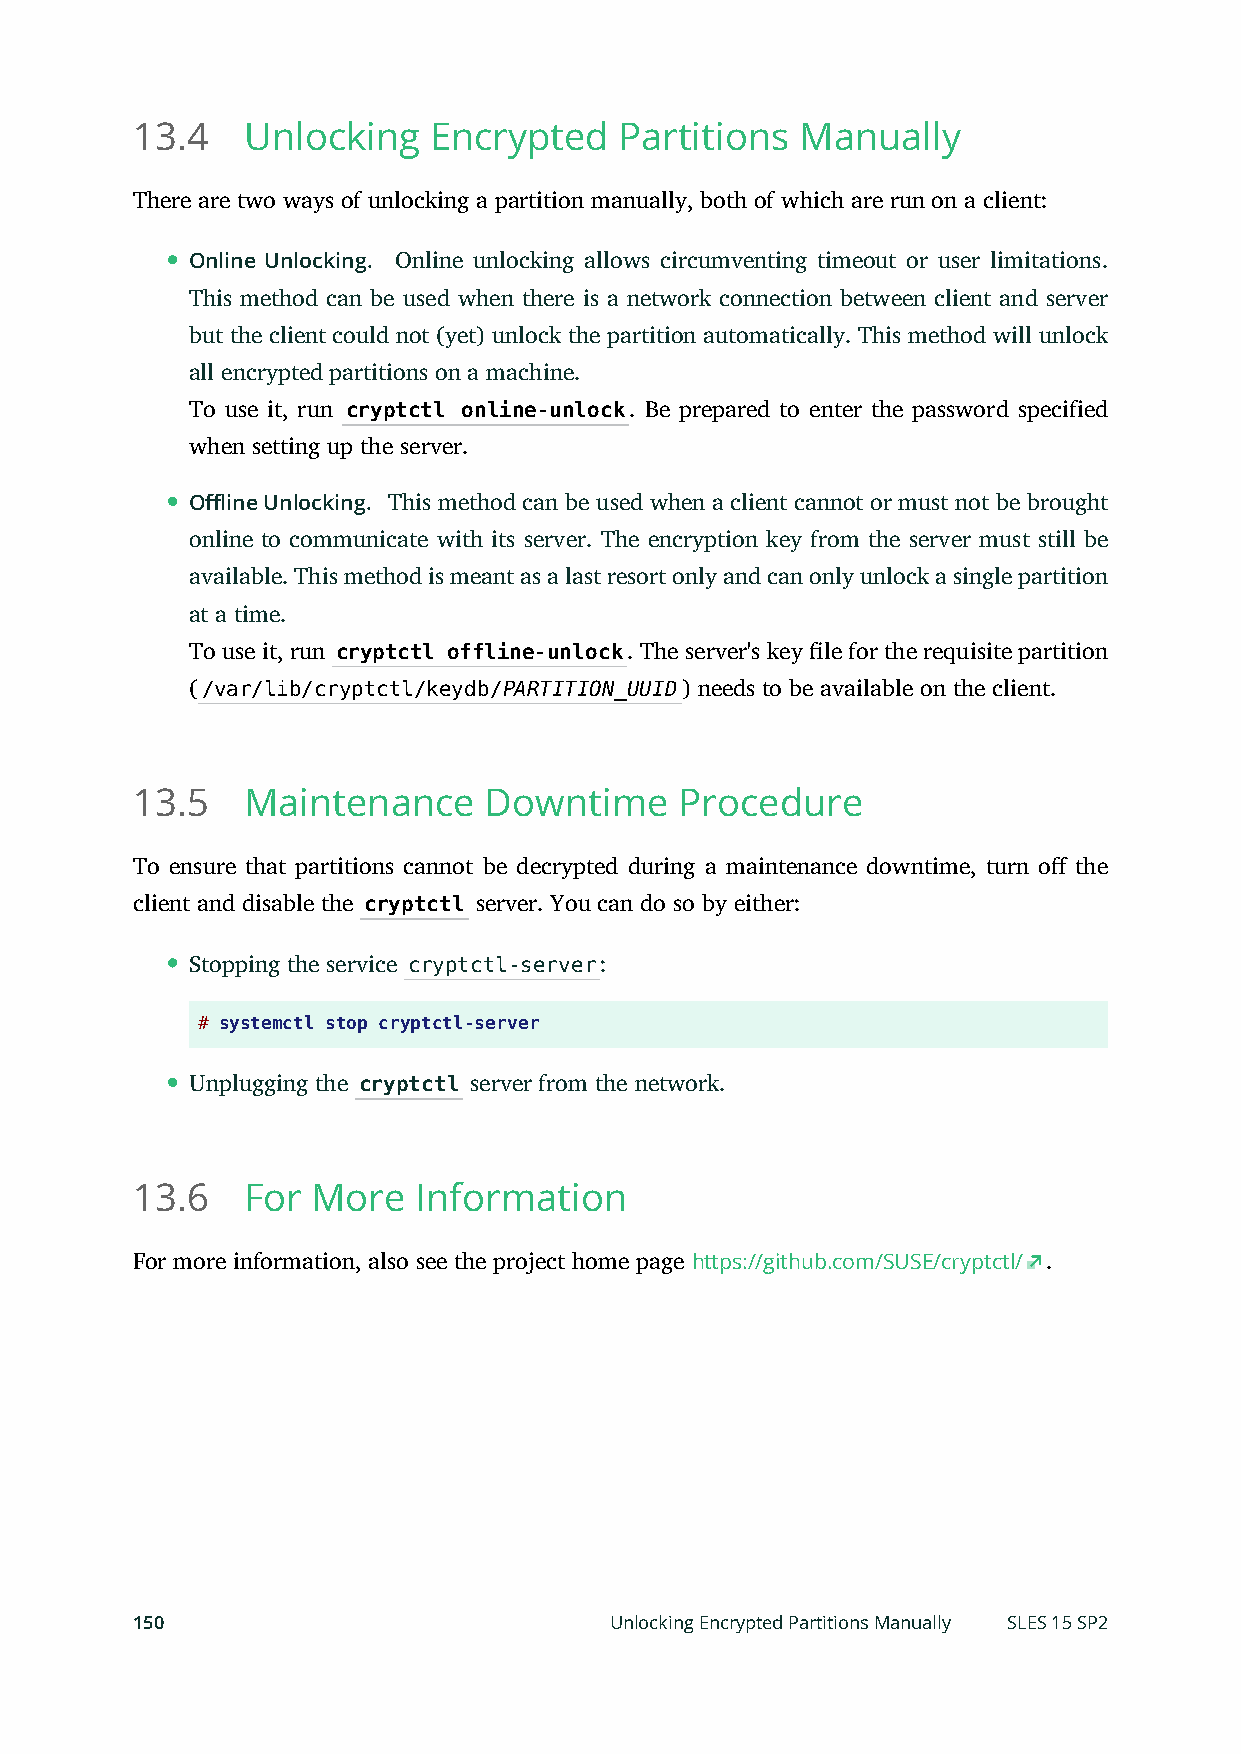
13.4   Unlocking   Encrypted    Partitions  Manually
 There are two ways of unlocking a partition manually, both of which are run on a client:
 Online Unlocking. Online unlocking allows circumventing timeout or user limitations.
 This method can be used when there is a network connection between client and server
 but the client could not (yet) unlock the partition automatically. This method will unlock
 all encrypted partitions on a machine.
 To use it, run cryptctl online-unlock. Be prepared to enter the password specified
 when setting up the server.
 Offline Unlocking. This method can be used when a client cannot or must not be brought
 online to communicate with its server. The encryption key from the server must still be
 available. This method is meant as a last resort only and can only unlock a single partition
 at a time.
 To use it, run cryptctl offline-unlock. The server's key le for the requisite partition
 (/var/lib/cryptctl/keydb/PARTITION_UUID) needs to be available on the client.
 13.5   Maintenance     Downtime     Procedure
 To ensure that partitions cannot be decrypted during a maintenance downtime, turn o the
 client and disable the cryptctl server. You can do so by either:
 Stopping the service cryptctl-server:
 # systemctl stop cryptctl-server
 Unplugging the cryptctl server from the network.
 13.6   For  More   Information
 For more information, also see the project home page https://github.com/SUSE/cryptctl/ .
 150                            Unlocking Encrypted Partitions Manually SLES 15 SP2